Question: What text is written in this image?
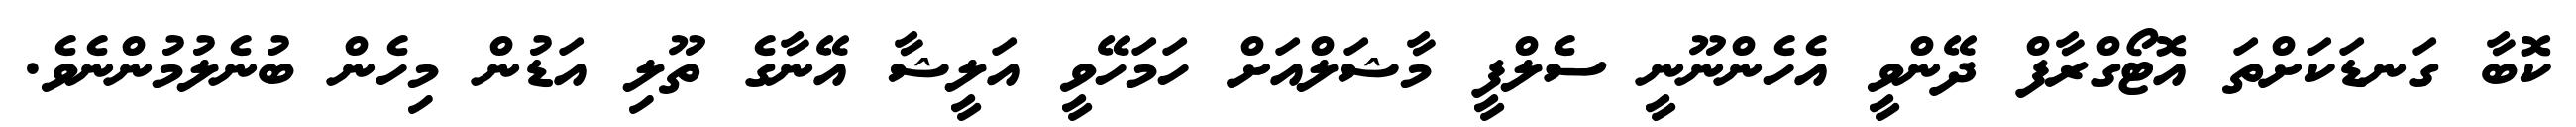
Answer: ކޮބާ ގަނޑަކަށްތަ އޮޓޯގްރާފް ދޭންވީ އެހެންނޫނީ ސެލްފީ މާޝަލްއަށް ހަމަހޭވީ އަލީޝާ އޭނާގެ ތޫލި އަޑުން މިހެން ބުނެލުމުންނެވެ.